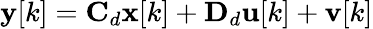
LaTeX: \mathbf{y}[k]=\mathbf{C}_{d}\mathbf{x}[k]+\mathbf{D}_{d}\mathbf{u}[k]+\mathbf{v}[k]